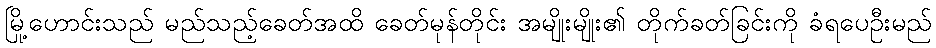
မြို့ဟောင်းသည် မည်သည့်ခေတ်အထိ ခေတ်မုန်တိုင်း အမျိုးမျိုး၏ တိုက်ခတ်ခြင်းကို ခံရပေဦးမည်